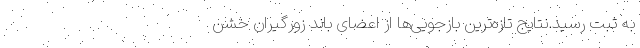
به ثبت رسید.نتایج تازه‌ترین بازجویی‌ها از اعضای باند زورگیران خشن